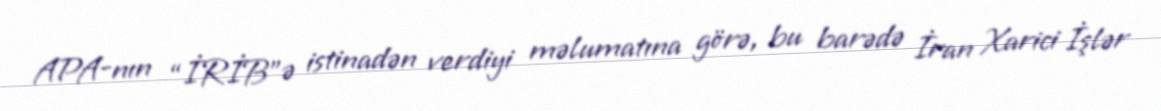
APA-nın “İRİB”ə istinadən verdiyi məlumatına görə, bu barədə İran Xarici İşlər